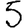
Digit: 5